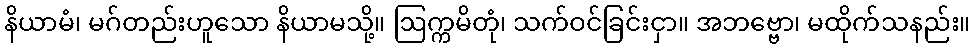
နိယာမံ၊ မဂ်တည်းဟူသော နိယာမသို့။ ဩက္ကမိတုံ၊ သက်ဝင်ခြင်းငှာ။ အဘဗ္ဗော၊ မထိုက်သနည်း။